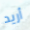
أريد